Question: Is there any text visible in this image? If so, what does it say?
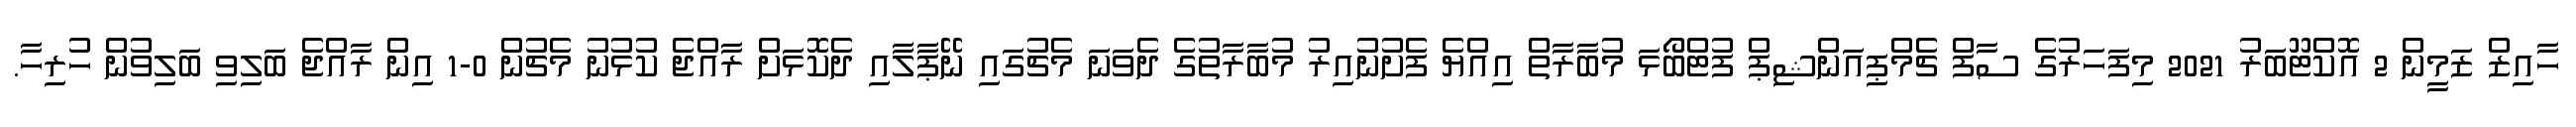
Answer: ހާއިޒް ޒަމީން 2 އޮކްޓޫބަރު 2021 މިފަހަރުގެ ސާފް ޗެމްޕިއަންޝިޕް ފުޓްބޯޅަ މުބާރާތް އިއްޔެ ފެށުނުއިރު މުބާރާތުގެ ދެވަނަ މެޗުގައި ނޭޕާލާއި ދެކޮޅަށް ރާއްޖެ ކުޅުނު މެޗުން 0-1 އިން ރާއްޖެ ބަލިވި ބަލިވުން ހުރިހާ.